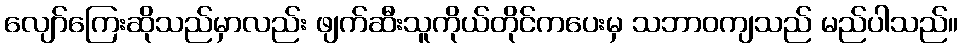
လျော်ကြေးဆိုသည်မှာလည်း ဖျက်ဆီးသူကိုယ်တိုင်ကပေးမှ သဘာဝကျသည် မည်ပါသည်။